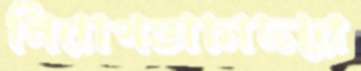
নিরাপত্তাচাদরে